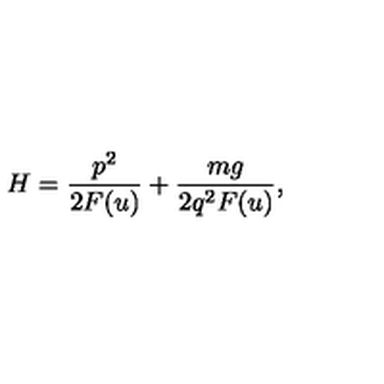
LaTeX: H = \frac { p ^ { 2 } } { 2 F ( u ) } + \frac { m g } { 2 q ^ { 2 } F ( u ) } ,